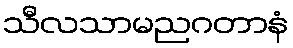
သီလသာမညဂတာနံ